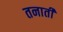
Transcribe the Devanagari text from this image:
तनाती